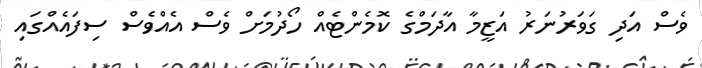
ވެސް އަދި ގަވަރުނަރު އަޒީމާ އާދަމްގެ ކޮމެންޓެއް ހޯދުމަށް ވެސް އެއްވެސް ސިފައެއްގައި